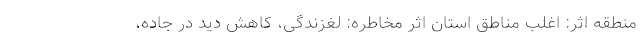
منطقه اثر: اغلب مناطق استان اثر مخاطره: لغزندگی، کاهش دید در جاده،